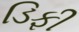
ડિફી